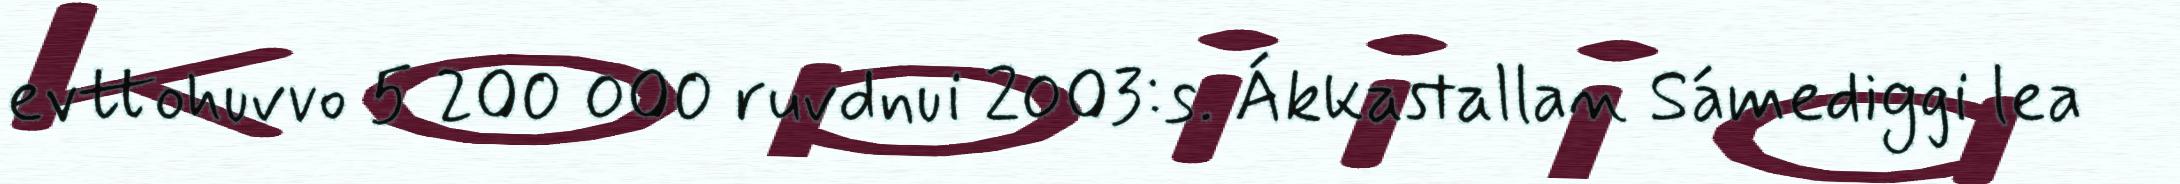
evttohuvvo 5 200 000 ruvdnui 2003:s. Ákkastallan Sámediggi lea